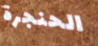
الحنجرة